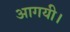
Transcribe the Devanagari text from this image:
आगयी।